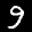
Label: 9